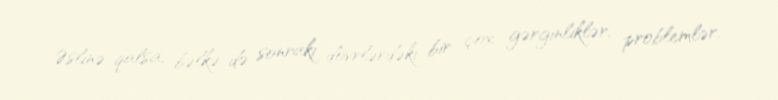
Əslinə qalsa, bəlkə də sonrakı dövrlərdəki bir çox gərginliklər, problemlər,